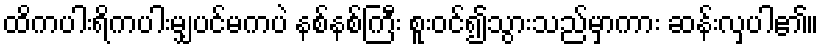
ထိကပါးရိကပါးမျှပင်မကပဲ နစ်နစ်ကြီး စူးဝင်၍သွားသည်မှာကား ဆန်းလှပါ၏။